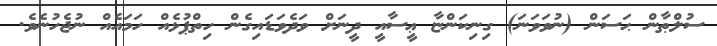
ސުލްޠާން ޙަސަން (ނުވަވަނަ) ގިނިކަންޏާ ޢީސާއީ ދީނަށް ވަދެވަޑައިގެން ހިތްޕުޅެއް ހަމައެއް ނުޖެހުނެވެ.